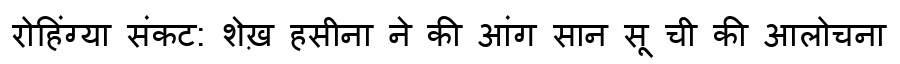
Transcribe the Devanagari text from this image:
रोहिंग्या संकट: शेख़ हसीना ने की आंग सान सू ची की आलोचना